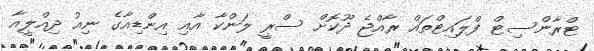
ޓްރާންސިޓް ފްލައިޓްތައް ރާއްޖެ ދޫކޮށް ސްރީ ލަންކާ އާއި އިންޑިއާގެ ނިއު ދިއްލީއާ